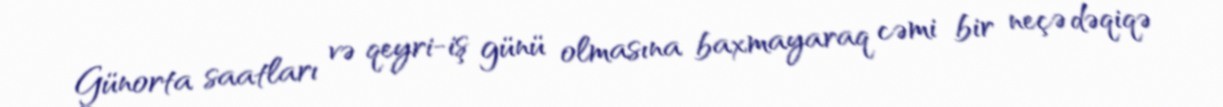
Günorta saatları və qeyri-iş günü olmasına baxmayaraq cəmi bir neçə dəqiqə